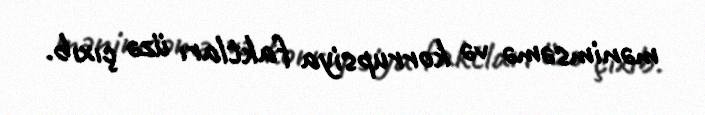
mənimsəmə və korrupsiya faktları üzə çıxıb.